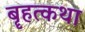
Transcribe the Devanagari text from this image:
बॄहत्कथा